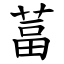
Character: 葍